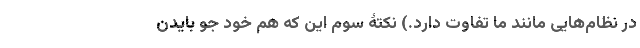
در نظام‌هایی مانند ما تفاوت دارد.) نکتۀ سوم این که هم خود جو بایدن